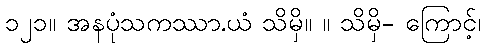
၁၂၁။ အနပုံသကဿာ.ယံ သိမှိ။ ။ သိမှိ- ကြောင့်၊